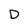
Character: D